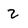
Character: 2